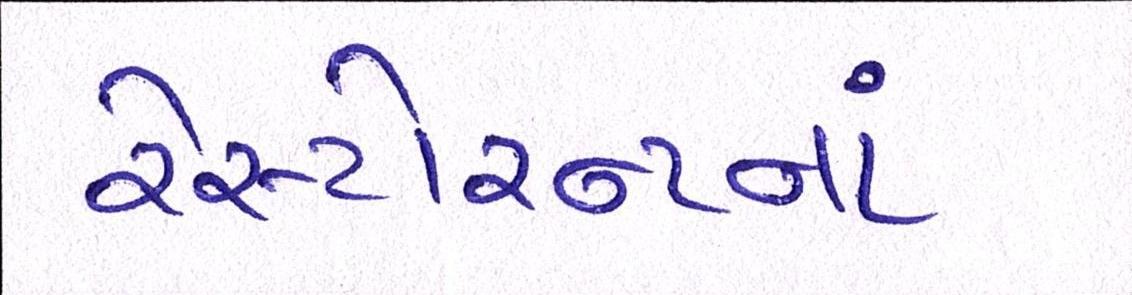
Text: રેસ્ટોરન્ટનાં